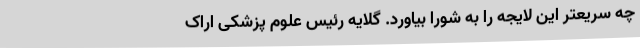
چه سریعتر این لایجه را به شورا بیاورد. گلایه رئیس علوم پزشکی اراک